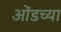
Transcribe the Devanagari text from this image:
ओंडच्या